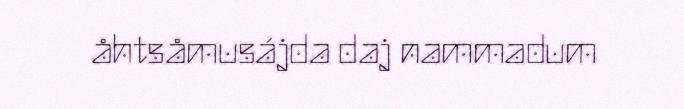
åhtsåmusájda daj nammadum